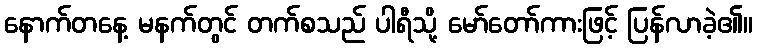
နောက်တနေ့ မနက်တွင် တက်စသည် ပါရီသို့ မော်တော်ကားဖြင့် ပြန်လာခဲ့၏။